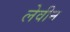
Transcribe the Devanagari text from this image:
लेवीन